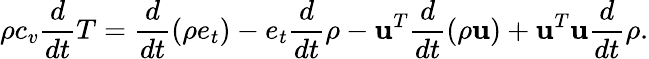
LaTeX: \rho c_{v}\frac{d}{dt}T=\frac{d}{dt}(\rho e_{t})-e_{t}\frac{d}{dt}\rho-\mathbf{u}^{T}\frac{d}{dt}(\rho\mathbf{u})+\mathbf{u}^{T}\mathbf{u}\frac{d}{dt}\rho.